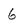
Character: 6